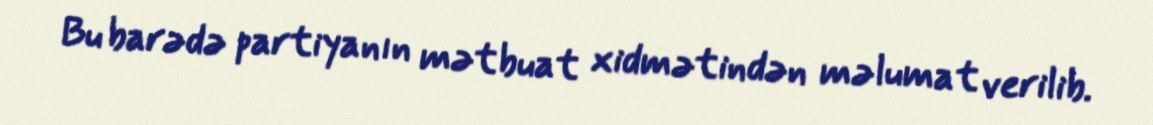
Bu barədə partiyanın mətbuat xidmətindən məlumat verilib.